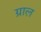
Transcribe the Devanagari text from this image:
ग्राल